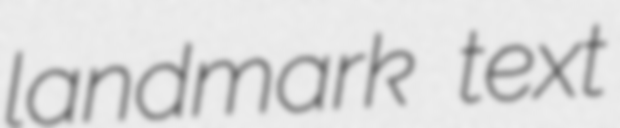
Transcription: landmark text